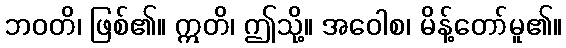
ဘဝတိ၊ ဖြစ်၏။ ဣတိ၊ ဤသို့။ အဝေါစ၊ မိန့်တော်မူ၏။